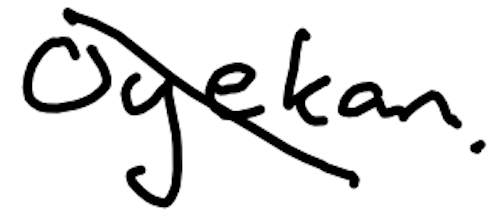
Text: Oyekan.
Cross-out: diagonal
Writing tool: digital_black